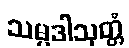
သမ္ပဒါသုတ္တံ